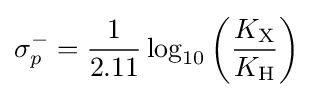
\sigma _{p}^{-}={\frac {1}{2.11}}\log _{10}\left({\frac {K_{\mathrm {X} }}{K_{\mathrm {H} }}}\right)